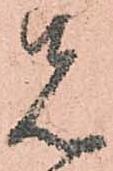
先